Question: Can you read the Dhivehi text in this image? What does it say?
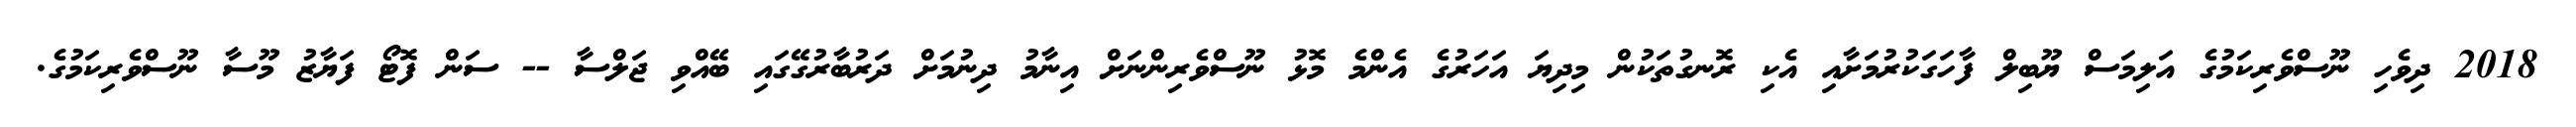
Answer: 2018 ދިވެހި ނޫސްވެރިކަމުގެ އަލިމަސް ޔޫބިލް ފާހަގަކުރުމަށާއި އެކި ރޮނގުތަކުން މިދިޔަ އަހަރުގެ އެންމެ މޮޅު ނޫސްވެރިންނަށް އިނާމު ދިނުމަށް ދަރުބާރުގޭގައި ބޭއްވި ޖަލްސާ -- ސަން ފޮޓޯ ފަޔާޒު މޫސާ ނޫސްވެރިކަމުގެ.